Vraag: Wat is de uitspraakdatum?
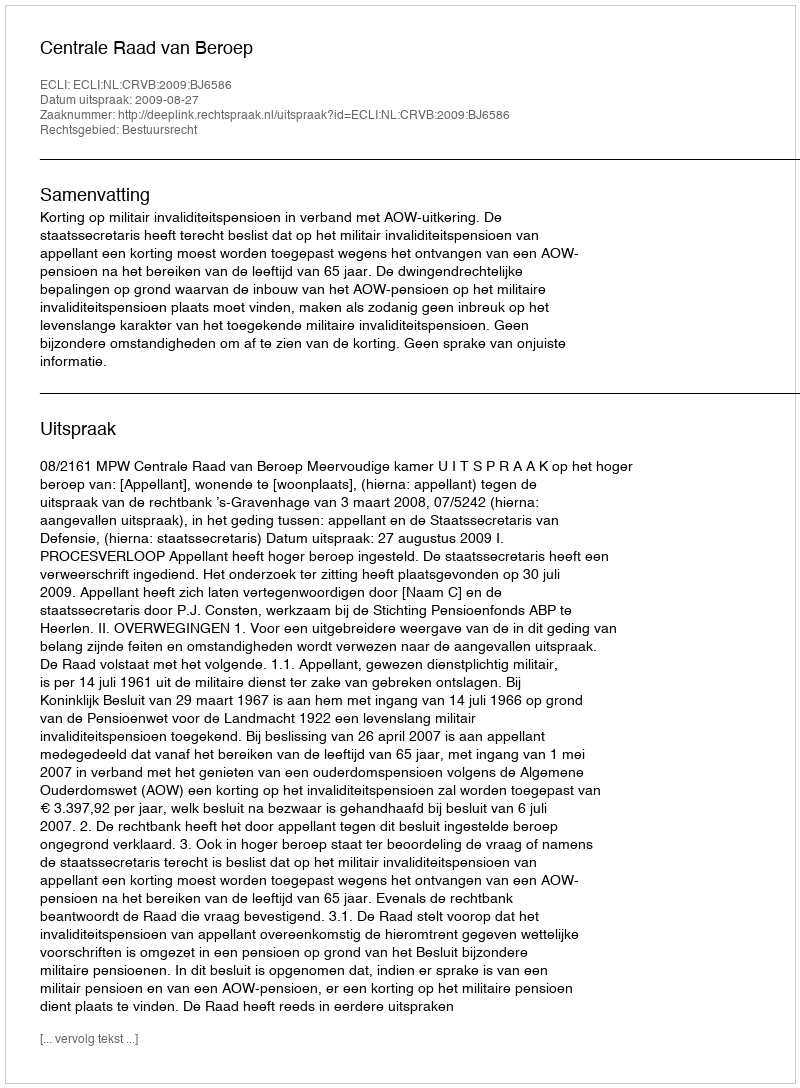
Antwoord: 2009-08-27